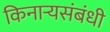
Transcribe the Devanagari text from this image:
किनार्‍यसंबंधी